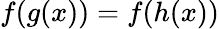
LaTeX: f(g(x))=f(h(x))